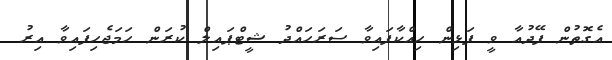
އެގޮތުން ފޭދުއާ ވީ ފަޅިން ހިއްކާފައިވާ ސަރަހައްދު ޝީޓްޕައިލް ކުރަން ހަމަޖެހިފައިވާ އިރު